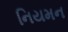
નિયમન